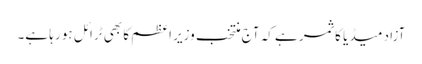
آزاد میڈیا کا ثمر ہے کہ آج منتخب وزیر اعظم کا بھی ٹرائل ہو رہا ہے۔